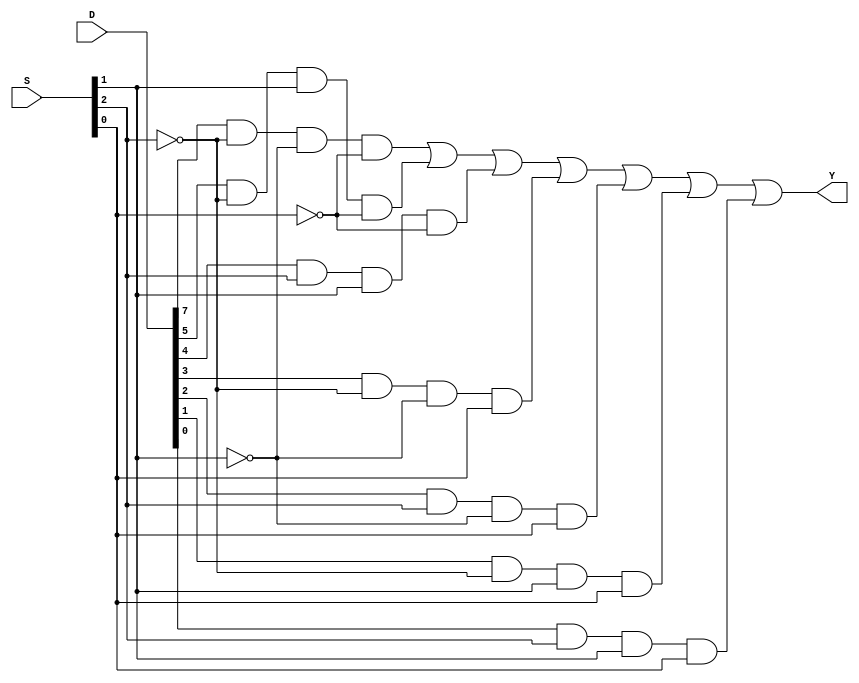
// 8 to 1 multiplexer
// https://www.electronicshub.org/multiplexerandmultiplexing/#8-to-1_Multiplexer

module multiplexer_8_to_1(Y,D,S);
    output Y;
    input [0:7] D;
    input [0:2] S;
    wire [0:2] not_S;
    wire [0:7] I;
    not G1(not_S[0],S[0]);
    not G2(not_S[1],S[1]);
    not G3(not_S[2],S[2]);
    and G4(I[0],D[0],not_S[0],not_S[1],not_S[2]);
    and G5(I[1],D[1],S[0],not_S[1],not_S[2]);
    and G6(I[2],D[2],not_S[0],S[1],not_S[2]);
    and G7(I[3],D[3],S[0],S[1],not_S[2]);
    and G8(I[4],D[4],not_S[0],not_S[1],S[2]);
    and G9(I[5],D[5],S[0],not_S[1],S[2]);
    and G10(I[6],D[6],not_S[0],S[1],S[2]);
    and G11(I[7],D[7],S[0],S[1],S[2]);
    or G12(Y,I[0],I[2],I[3],I[4],I[5],I[6],I[7]);
endmodule

module test_multiplexer_8_to_1();
    wire Y;
    reg [0:7] D;
    reg [0:2] S;
    multiplexer_8_to_1 G(Y,D,S);
    initial 
	begin
	    D=8'b10101011;
	    #50 S=4'b000;
	    #50 S=4'b100;
	    #50 S=4'b010;
	    #50 S=4'b110;
	    #50 S=4'b001;
	    #50 S=4'b101;
	    #50 S=4'b011;
	    #50 S=4'b111;
	end
endmodule